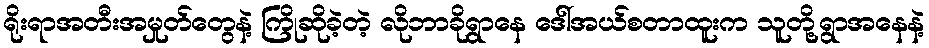
ရိုးရာအတီးအမှုတ်တွေနဲ့ ကြိုဆိုခဲ့တဲ့ လိုဘာခိုရွာနေ ဒေါ်အယ်စတာထူးက သူတို့ရွာအနေနဲ့